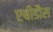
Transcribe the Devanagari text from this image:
एबीडौस